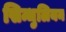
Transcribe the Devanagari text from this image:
सिन्धुलियन